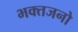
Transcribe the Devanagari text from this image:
भक्तजनो